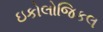
ઇકોલોજિકલ